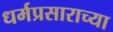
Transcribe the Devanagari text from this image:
धर्मप्रसाराच्या